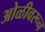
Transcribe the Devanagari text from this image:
ओळीवरून